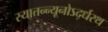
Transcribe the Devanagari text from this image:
स्यात्तन्न्यूनोऽर्द्धरथ